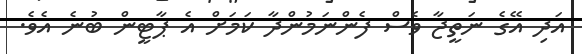
އަދި އޭގެ ނަތީޖާ ވެސް ފެންނަމުންދާ ކަމަށް އެ ޕާޓީން ބުނެ އެވެ.